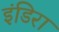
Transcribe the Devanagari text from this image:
इंडिरा